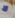
لا